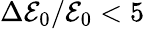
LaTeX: \Delta\mathcal{E}_{0}/\mathcal{E}_{0}<5\